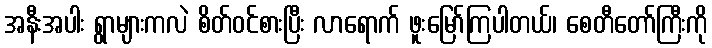
အနီးအပါး ရွာများကလဲ စိတ်ဝင်စားပြီး လာရောက် ဖူးမြော်ကြပါတယ်၊ စေတီတော်ကြီးကို